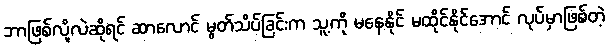
ဘာဖြစ်လို့လဲဆိုရင် ဆာလောင် မွတ်သိပ်ခြင်းက သူ့ကို မနေနိုင် မထိုင်နိုင်အောင် လုပ်မှာဖြစ်တဲ့